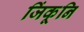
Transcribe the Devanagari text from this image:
जिंकूनि